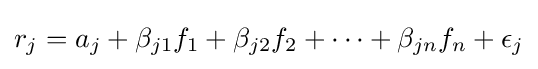
r_{j}=a_{j}+\beta _{j1}f_{1}+\beta _{j2}f_{2}+\cdots +\beta _{jn}f_{n}+\epsilon _{j}